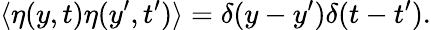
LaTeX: \langle\eta(y,t)\eta(y^{\prime},t^{\prime})\rangle=\delta(y-y^{\prime})\delta(t-t^{\prime}).